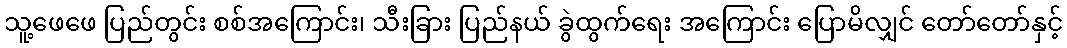
သူ့ဖေဖေ ပြည်တွင်း စစ်အကြောင်း၊ သီးခြား ပြည်နယ် ခွဲထွက်ရေး အကြောင်း ပြောမိလျှင် တော်တော်နှင့်